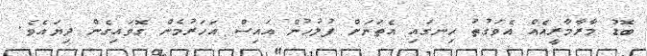
ބޮޑު މާރާމާރީއެއް އެވަގުތު ހިނގައި އެތަނަށް ފުލުހުން އައިސް އަހަރުމެން ގޮވައިގެން ދިޔައެވެ.